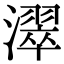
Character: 濢